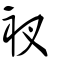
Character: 衩